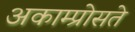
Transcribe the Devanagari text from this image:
अकाम्प्रोसते